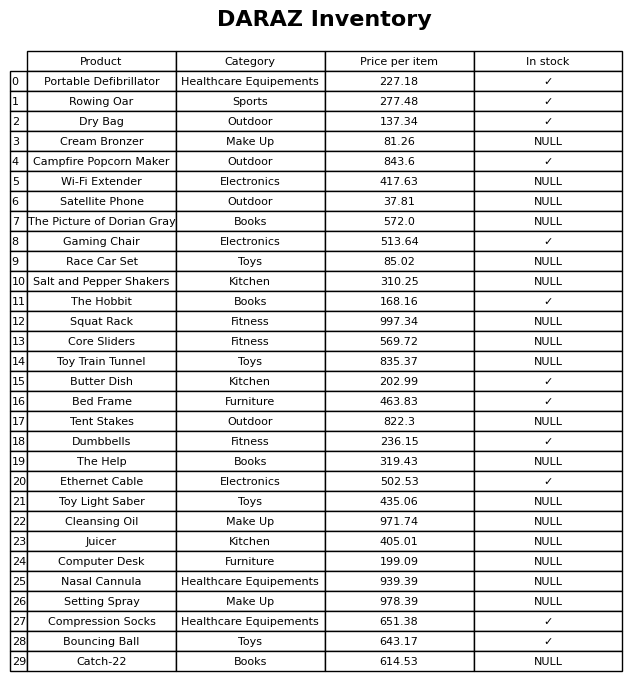
question: What is the price of the Salt and Pepper Shakers?
answer: The price of Salt and Pepper Shakers is 310.25.